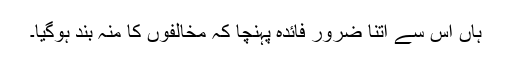
ہاں اس سے اتنا ضرور فائدہ پہنچا کہ مخالفوں کا منہ بند ہوگیا۔